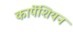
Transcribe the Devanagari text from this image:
कार्पेशियन